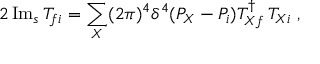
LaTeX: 2 \, \mathrm { I m } _ { s } \, T _ { f i } = \sum _ { X } ( 2 \pi ) ^ { 4 } \delta ^ { 4 } ( P _ { X } - P _ { i } ) T _ { X f } ^ { \dagger } \, T _ { X i } \; ,